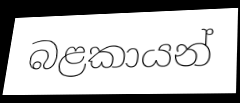
බළකායන්